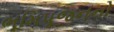
ભૂમિપૂજનનો